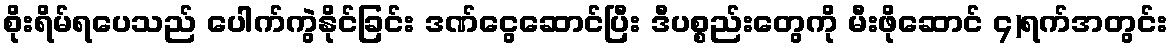
စိုးရိမ်ရပေသည် ပေါက်ကွဲနိုင်ခြင်း ဒဏ်ငွေဆောင်ပြီး ဒီပစ္စည်းတွေကို မီးဖိုဆောင် ၄)ရက်အတွင်း